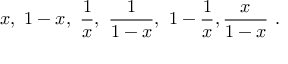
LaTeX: x , \ 1 - x , \ \frac { 1 } { x } , \ \frac { 1 } { 1 - x } , \ 1 - \frac { 1 } { x } , \- \frac { x } { 1 - x } \ .